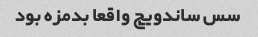
سس ساندویچ واقعا بدمزه بود